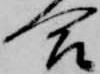
合